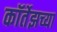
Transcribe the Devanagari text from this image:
कॉर्तेझच्या